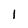
Character: l